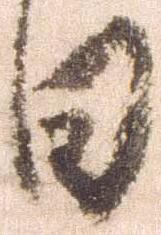
日